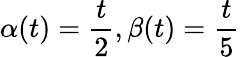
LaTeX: \alpha(t)=\frac{t}{2},\beta(t)=\frac{t}{5}